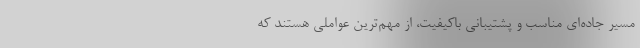
مسیر جاده‌ای مناسب و پشتیبانی باکیفیت، از مهم‌ترین عواملی هستند که